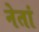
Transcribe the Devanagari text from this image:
नेतां